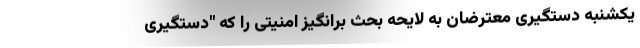
یکشنبه دستگیری معترضان به لایحه بحث برانگیز امنیتی را که "دستگیری